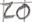
Text: 20